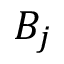
B _ { j }